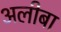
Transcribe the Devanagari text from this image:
अलीबा